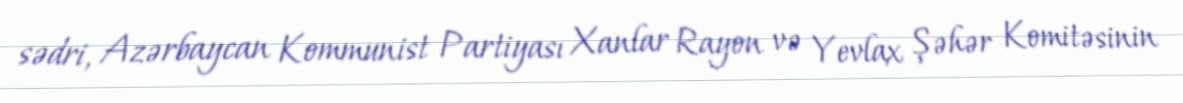
sədri, Azərbaycan Kommunist Partiyası Xanlar Rayon və Yevlax Şəhər Komitəsinin